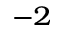
^ { - 2 }